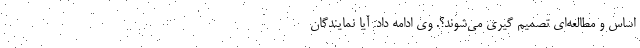
اساس و مطالعه‌ای‌ تصمیم گیری می‌شوند؟. وی ادامه داد: آیا نمایندگان